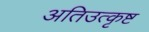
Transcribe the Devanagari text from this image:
अतिउत्कृष्ट